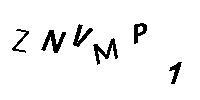
ZNVMP1